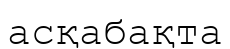
асқабақта